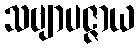
သဗျာပဇ္ဇာယ